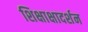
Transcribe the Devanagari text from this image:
शिक्षाक्षादर्शन